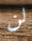
لن